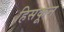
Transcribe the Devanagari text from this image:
हिसकून